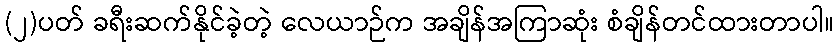
(၂)ပတ် ခရီးဆက်နိုင်ခဲ့တဲ့ လေယာဉ်က အချိန်အကြာဆုံး စံချိန်တင်ထားတာပါ။